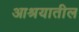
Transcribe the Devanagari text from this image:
आश्रयातील